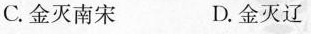
C.金灭南宋 D.金灭辽